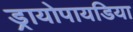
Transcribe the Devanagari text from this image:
ड्रायोपायडिया